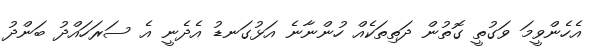
އެހެންވީމަ ވަގުތީ ގޮތުން ދަތިތަކެއް ހުންނާނެ އަޅުގަނޑު އެދެނީ އެ ސަރަހައްދު ބަންދު